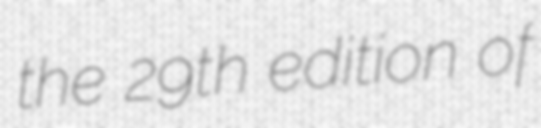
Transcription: the 29th edition of